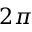
2 \pi